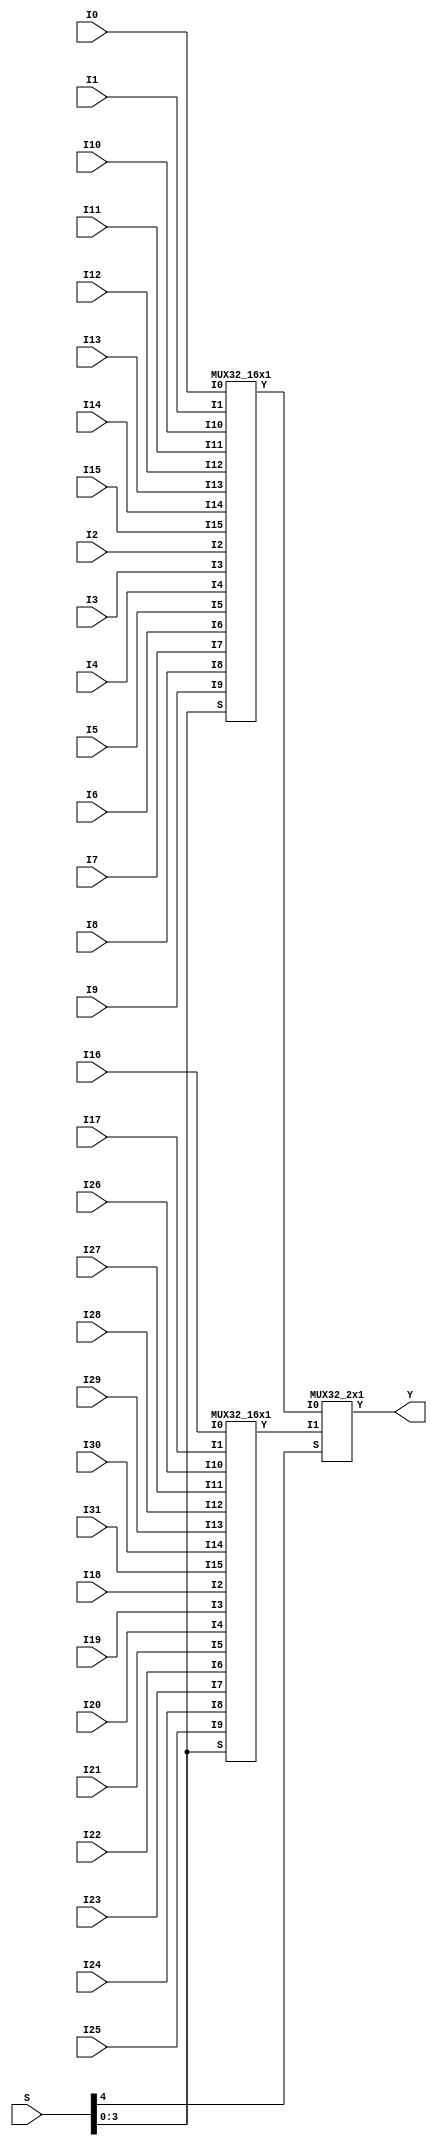
// Name: mux.v
// Module: 
// Input: 
// Output: 
//
// Notes: Common definitions
// 
//
// Revision History:
//
// Version	Date		Who		email			note
//------------------------------------------------------------------------------------------
//  1.0     Sep 02, 2014	Kaushik Patra	kpatra@sjsu.edu		Initial creation
//------------------------------------------------------------------------------------------
//
// 32-bit mux
module MUX32_32x1(Y, I0, I1, I2, I3, I4, I5, I6, I7,
                     I8, I9, I10, I11, I12, I13, I14, I15,
                     I16, I17, I18, I19, I20, I21, I22, I23,
                     I24, I25, I26, I27, I28, I29, I30, I31, S);
// output list
output [31:0] Y;
//input list
input [31:0] I0, I1, I2, I3, I4, I5, I6, I7;
input [31:0] I8, I9, I10, I11, I12, I13, I14, I15;
input [31:0] I16, I17, I18, I19, I20, I21, I22, I23;
input [31:0] I24, I25, I26, I27, I28, I29, I30, I31;
input [4:0] S;

// TBD
wire [31:0] mux1_res;
wire [31:0] mux2_res;
MUX32_16x1 mux_16_1(.Y(mux1_res), .I0(I0), .I1(I1), .I2(I2), .I3(I3), .I4(I4), .I5(I5),
               .I6(I6), .I7(I7), .I8(I8), .I9(I9), .I10(I10), .I11(I11),
               .I12(I12), .I13(I13), .I14(I14), .I15(I15), .S(S[3:0]));
MUX32_16x1 mux_16_2(.Y(mux2_res), .I0(I16), .I1(I17), .I2(I18), .I3(I19), .I4(I20), .I5(I21),
               .I6(I22), .I7(I23), .I8(I24), .I9(I25), .I10(I26), .I11(I27),
               .I12(I28), .I13(I29), .I14(I30), .I15(I31), .S(S[3:0]));
MUX32_2x1 mux3(.Y(Y), .I0(mux1_res), .I1(mux2_res), .S(S[4]));

endmodule

// 32-bit 16x1 mux
module MUX32_16x1(Y, I0, I1, I2, I3, I4, I5, I6, I7,
                     I8, I9, I10, I11, I12, I13, I14, I15, S);
// output list
output [31:0] Y;
//input list
input [31:0] I0;
input [31:0] I1;
input [31:0] I2;
input [31:0] I3;
input [31:0] I4;
input [31:0] I5;
input [31:0] I6;
input [31:0] I7;
input [31:0] I8;
input [31:0] I9;
input [31:0] I10;
input [31:0] I11;
input [31:0] I12;
input [31:0] I13;
input [31:0] I14;
input [31:0] I15;
input [3:0] S;

// TBD
wire [31:0] mux1_Y;
wire [31:0] mux2_Y;

//module MUX32_8x1(Y, I0, I1, I2, I3, I4, I5, I6, I7, S);
MUX32_8x1 mux1(.Y(mux1_Y), .I0(I0), .I1(I1), .I2(I2), .I3(I3), .I4(I4), .I5(I5), .I6(I6), .I7(I7), .S(S[2:0]));
MUX32_8x1 mux2(.Y(mux2_Y), .I0(I8), .I1(I9), .I2(I10), .I3(I11), .I4(I12), .I5(I13), .I6(I14), .I7(I15), .S(S[2:0]));

MUX32_2x1 mux3(.Y(Y), .I0(mux1_Y), .I1(mux2_Y), .S(S[3]));

endmodule

// 32-bit 8x1 mux
module MUX32_8x1(Y, I0, I1, I2, I3, I4, I5, I6, I7, S);
// output list
output [31:0] Y;
//input list
input [31:0] I0;
input [31:0] I1;
input [31:0] I2;
input [31:0] I3;
input [31:0] I4;
input [31:0] I5;
input [31:0] I6;
input [31:0] I7;
input [2:0] S;

// TBD
wire [31:0] mux1_Y;
wire [31:0] mux2_Y;

//module MUX32_4x1(Y, I0, I1, I2, I3, S);

MUX32_4x1 mux1(.Y(mux1_Y), .I0(I0), .I1(I1), .I2(I2), .I3(I3), .S(S[1:0]));
MUX32_4x1 mux2(.Y(mux2_Y), .I0(I4), .I1(I5), .I2(I6), .I3(I7), .S(S[1:0]));

MUX32_2x1 mux3(.Y(Y), .I0(mux1_Y), .I1(mux2_Y), .S(S[2]));

endmodule

// 32-bit 4x1 mux
module MUX32_4x1(Y, I0, I1, I2, I3, S);
// output list
output [31:0] Y;
//input list
input [31:0] I0;
input [31:0] I1;
input [31:0] I2;
input [31:0] I3;
input [1:0] S;

wire [31:0] mux1_Y;
wire [31:0] mux2_Y;

// TBD
//module MUX32_2x1(Y, I0, I1, S);
MUX32_2x1 mux1(.Y(mux1_Y), .I0(I0), .I1(I1), .S(S[0]));
MUX32_2x1 mux2(.Y(mux2_Y), .I0(I2), .I1(I3), .S(S[0]));

MUX32_2x1 mux3(.Y(Y), .I0(mux1_Y), .I1(mux2_Y), .S(S[1]));

endmodule

// 32-bit mux
module MUX32_2x1(Y, I0, I1, S);
// output list
output [31:0] Y;
//input list
input [31:0] I0;
input [31:0] I1;
input S;

MUX1_2x1 mux_0(.Y(Y[0]), .I0(I0[0]), .I1(I1[0]), .S(S));
MUX1_2x1 mux_1(.Y(Y[1]), .I0(I0[1]), .I1(I1[1]), .S(S));
MUX1_2x1 mux_2(.Y(Y[2]), .I0(I0[2]), .I1(I1[2]), .S(S));
MUX1_2x1 mux_3(.Y(Y[3]), .I0(I0[3]), .I1(I1[3]), .S(S));
MUX1_2x1 mux_4(.Y(Y[4]), .I0(I0[4]), .I1(I1[4]), .S(S));
MUX1_2x1 mux_5(.Y(Y[5]), .I0(I0[5]), .I1(I1[5]), .S(S));
MUX1_2x1 mux_6(.Y(Y[6]), .I0(I0[6]), .I1(I1[6]), .S(S));
MUX1_2x1 mux_7(.Y(Y[7]), .I0(I0[7]), .I1(I1[7]), .S(S));
MUX1_2x1 mux_8(.Y(Y[8]), .I0(I0[8]), .I1(I1[8]), .S(S));
MUX1_2x1 mux_9(.Y(Y[9]), .I0(I0[9]), .I1(I1[9]), .S(S));
MUX1_2x1 mux_10(.Y(Y[10]), .I0(I0[10]), .I1(I1[10]), .S(S));
MUX1_2x1 mux_11(.Y(Y[11]), .I0(I0[11]), .I1(I1[11]), .S(S));
MUX1_2x1 mux_12(.Y(Y[12]), .I0(I0[12]), .I1(I1[12]), .S(S));
MUX1_2x1 mux_13(.Y(Y[13]), .I0(I0[13]), .I1(I1[13]), .S(S));
MUX1_2x1 mux_14(.Y(Y[14]), .I0(I0[14]), .I1(I1[14]), .S(S));
MUX1_2x1 mux_15(.Y(Y[15]), .I0(I0[15]), .I1(I1[15]), .S(S));
MUX1_2x1 mux_16(.Y(Y[16]), .I0(I0[16]), .I1(I1[16]), .S(S));
MUX1_2x1 mux_17(.Y(Y[17]), .I0(I0[17]), .I1(I1[17]), .S(S));
MUX1_2x1 mux_18(.Y(Y[18]), .I0(I0[18]), .I1(I1[18]), .S(S));
MUX1_2x1 mux_19(.Y(Y[19]), .I0(I0[19]), .I1(I1[19]), .S(S));
MUX1_2x1 mux_20(.Y(Y[20]), .I0(I0[20]), .I1(I1[20]), .S(S));
MUX1_2x1 mux_21(.Y(Y[21]), .I0(I0[21]), .I1(I1[21]), .S(S));
MUX1_2x1 mux_22(.Y(Y[22]), .I0(I0[22]), .I1(I1[22]), .S(S));
MUX1_2x1 mux_23(.Y(Y[23]), .I0(I0[23]), .I1(I1[23]), .S(S));
MUX1_2x1 mux_24(.Y(Y[24]), .I0(I0[24]), .I1(I1[24]), .S(S));
MUX1_2x1 mux_25(.Y(Y[25]), .I0(I0[25]), .I1(I1[25]), .S(S));
MUX1_2x1 mux_26(.Y(Y[26]), .I0(I0[26]), .I1(I1[26]), .S(S));
MUX1_2x1 mux_27(.Y(Y[27]), .I0(I0[27]), .I1(I1[27]), .S(S));
MUX1_2x1 mux_28(.Y(Y[28]), .I0(I0[28]), .I1(I1[28]), .S(S));
MUX1_2x1 mux_29(.Y(Y[29]), .I0(I0[29]), .I1(I1[29]), .S(S));
MUX1_2x1 mux_30(.Y(Y[30]), .I0(I0[30]), .I1(I1[30]), .S(S));
MUX1_2x1 mux_31(.Y(Y[31]), .I0(I0[31]), .I1(I1[31]), .S(S));

endmodule

// 1-bit mux
module MUX1_2x1(Y,I0, I1, S);
//output list
output Y;
//input list
input I0, I1, S;

wire tempI0, tempI1;
wire invS;

assign invS = ~S;

and inst1(tempI0, invS, I0);
and inst2(tempI1, S, I1);
or inst3(Y, tempI1, tempI0);


endmodule